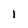
Character: 1